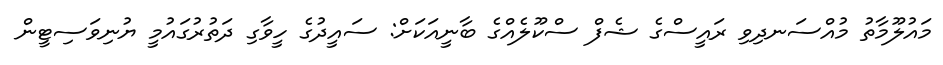
މައުލޫމާތު މުއްސަނދިވި ރައީސްގެ ޝެފް ސްކޫލެއްގެ ބާނީއަކަށް: ސައީދުގެ ހީވާގި ދަތުރުގައުމީ ޔުނިވަސިޓީން